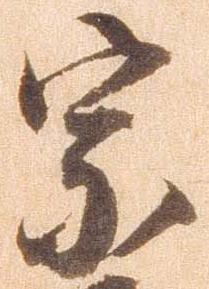
宗